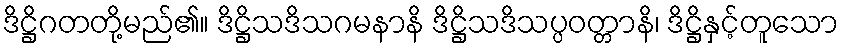
ဒိဋ္ဌိဂတတို့မည်၏။ ဒိဋ္ဌိသဒိသဂမနာနိ ဒိဋ္ဌိသဒိသပ္ပဝတ္တာနိ၊ ဒိဋ္ဌိနှင့်တူသော